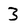
Character: 3